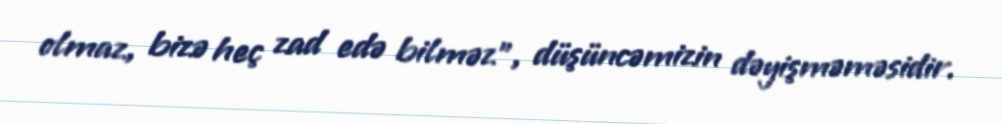
olmaz, bizə heç zad edə bilməz”, düşüncəmizin dəyişməməsidir.